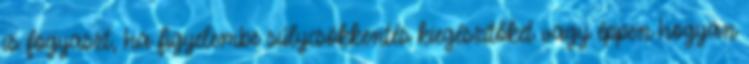
is fogyaszt, ha figyelembe súlycsökkentés kiegészítőket vagy éppen hogyan